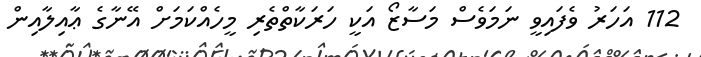
112 އަހަރު ވެފައިވީ ނަމަވެސް މަސާޒޯ އަކީ ހަރަކާތްތެރި މީހެއްކަމަށް އޭނާގެ ޢާއިލާއިން